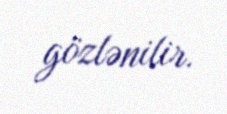
gözlənilir.